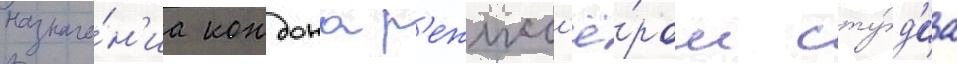
назначе́н'иа кондона р'ежисс'ё́ром сту́д'иа